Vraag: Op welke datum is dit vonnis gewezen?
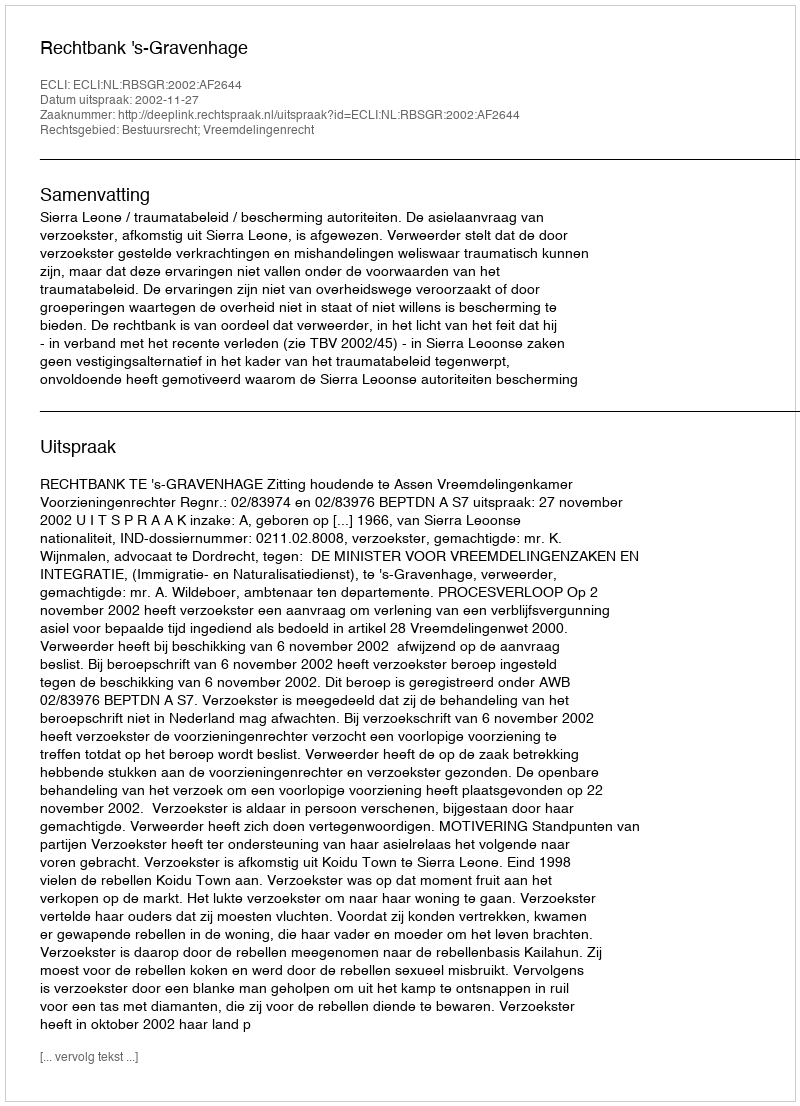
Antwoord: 2002-11-27